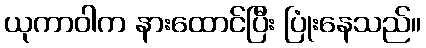
ယုကာဝါက နားထောင်ပြီး ပြုံးနေသည်။